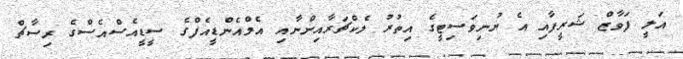
އަލީ ފަވާޒް ޝަރީފާއި އެ ޔުނިވަސިޓީގެ އިތުރު ލެކްޗަރާއިންނާއި އެމްއެންޑީއެފްގެ ސީޑީއެސްއެސްގެ ރިސާޗް